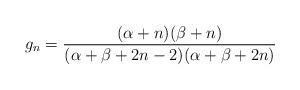
LaTeX: \begin{align*}g_n=\frac{(\alpha+n)(\beta+n)}{(\alpha+\beta+2n-2)(\alpha+\beta+2n)}\end{align*}